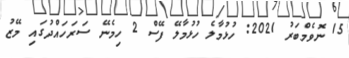
15 ނޮވެމްބަރު 2021: ހުޅުމާލެ ހުޅުމާލޭ ފޭސް 2 ހިމެނޭ ސަރަހައްދުގައި މޭޒު